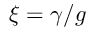
\xi = \gamma / g